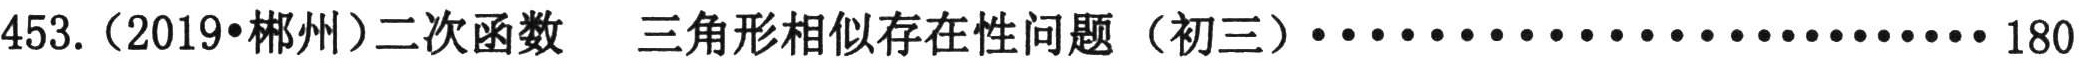
453.（2019•郴州）二次函数 三角形相似存在性问题（初三）······························ 180